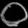
Digit: ၀